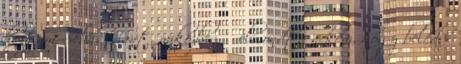
hoztam Sebastiant, miközben ő elmondta nekem, hogy beléd. -